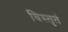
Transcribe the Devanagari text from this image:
विस्तृतं